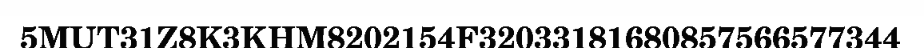
5MUT31Z8K3KHM8202154F32033181680857566577344